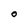
Character: O